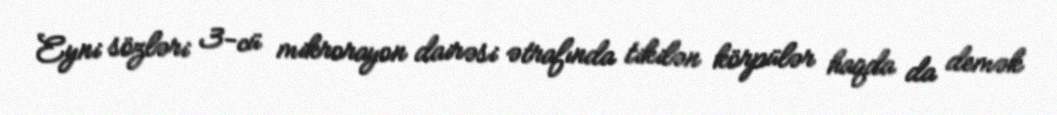
Eyni sözləri 3-cü mikrorayon dairəsi ətrafında tikilən körpülər haqda da demək